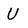
Character: U